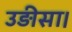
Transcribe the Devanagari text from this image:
उड़ीसा।